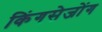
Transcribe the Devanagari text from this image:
किंगसेजोंग